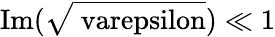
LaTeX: \mathrm{Im(\sqrt{\ varepsilon})}\ll 1